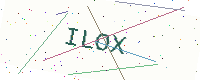
Text: ILOX